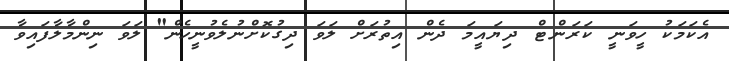
އެކަމަކު ހީވަނީ ކަރަންޓް ދިޔައީމަ ދެން އިތުރަށް ލަވަ ދިގުކޮށްނުލެވުނީހެން" ލަވަ ނިންމާލާފައިވާ